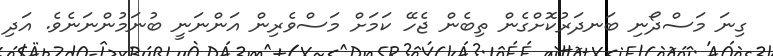
ގިނަ މަސްދޯނި ބަނދަރުކޮށްގެން ތިބެން ޖެހޭ ކަމަށް މަސްވެރިން އަންނަނީ ބުނަމުންނަނެވެ. އަދި